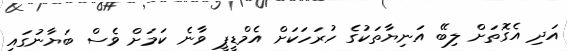
އަދި އެގޮތަށް ލިބޭ އަނިޔާތަކުގެ ހުރަހަކަށް އެމްޑީޕީ ވާނެ ކަމަށް ވެސް ބަޔާނުގައި